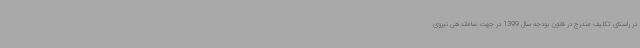
در راستای تکلیف مندرج در قانون بودجه سال 1399 در جهت ساماندهی نیروی